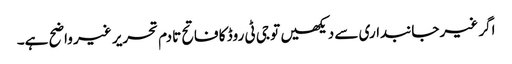
اگر غیر جانبداری سے دیکھیں تو جی ٹی روڈ کا فاتح تادم تحریر غیر واضح ہے۔